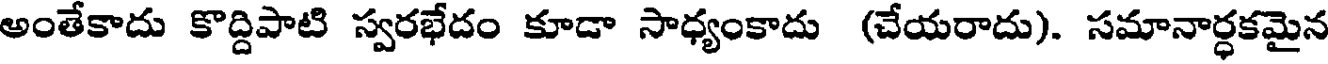
అంతేకాదు కొద్దిపాటి స్వరభేదం కూడా సాధ్యంకాదు (చేయరాదు). సమానార్ధకమైన